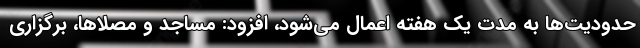
حدودیت‌ها به مدت یک هفته اعمال می‌شود، افزود: مساجد و مصلاها، برگزاری